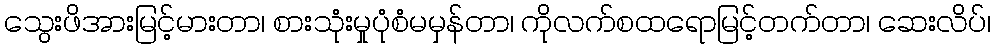
သွေးဖိအားမြင့်မားတာ၊ စားသုံးမှုပုံစံမမှန်တာ၊ ကိုလက်စထရောမြင့်တက်တာ၊ ဆေးလိပ်၊